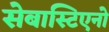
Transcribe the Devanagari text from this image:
सेबास्टिएनो